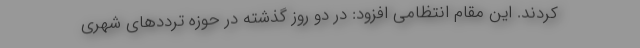
کردند. این مقام انتظامی افزود: در دو روز گذشته در حوزه ترددهای شهری